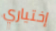
إختياري